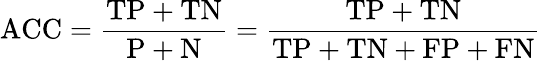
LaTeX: \mathrm{ACC}={\frac{\mathrm{TP}+\mathrm{TN}}{\mathrm{P}+\mathrm{N}}}={\frac{\mathrm{TP}+\mathrm{TN}}{\mathrm{TP}+\mathrm{TN}+\mathrm{FP}+\mathrm{FN}}}